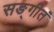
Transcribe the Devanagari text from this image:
सङ्गीतं